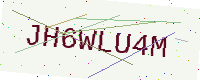
Text: JH6WLU4M